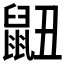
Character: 𮮬